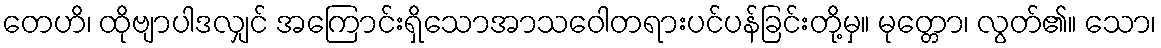
တေဟိ၊ ထိုဗျာပါဒလျှင် အကြောင်းရှိသောအာသဝေါတရားပင်ပန်ခြင်းတို့မှ။ မုတ္တော၊ လွတ်၏။ သော၊